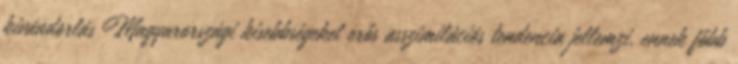
kivándorlás Magyarországi kisebbségeket erős asszimilációs tendencia jellemzi, ennek főbb